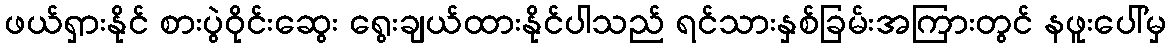
ဖယ်ရှားနိုင် စားပွဲဝိုင်းဆွေး ရွေးချယ်ထားနိုင်ပါသည် ရင်သားနှစ်ခြမ်းအကြားတွင် နဖူးပေါ်မှ